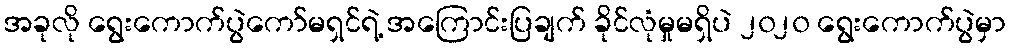
အခုလို ရွေးကောက်ပွဲကော်မရှင်ရဲ့ အကြောင်းပြချက် ခိုင်လုံမှုမရှိပဲ ၂၀၂၀ ရွေးကောက်ပွဲမှာ